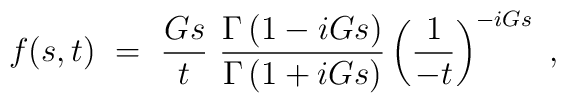
f(s,t)~=~\frac{Gs}{t}~\frac{\Gamma \left(1-iGs\right)}{\Gamma\left(1+iGs\right)} \left( \frac{1}{-t}\right)^{-iGs}~,